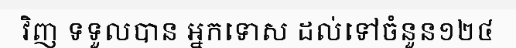
វិញ ទទួលបាន អ្នកទោស ដល់ទៅចំនួន១២៤